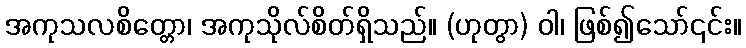
အကုသလစိတ္တော၊ အကုသိုလ်စိတ်ရှိသည်။ (ဟုတွာ) ဝါ၊ ဖြစ်၍သော်၎င်း။